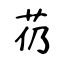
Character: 芿